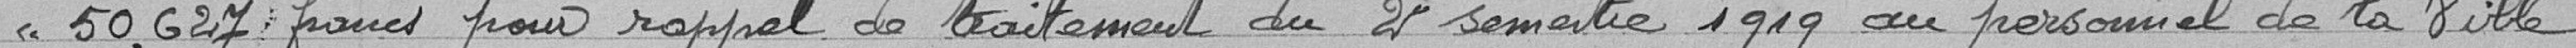
50,627 francs pour rappel de traitement du 21 septembre 1919 au personnel de la Ville